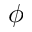
\phi